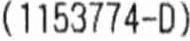
(1153774-D)